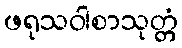
ဖရုသဝါစာသုတ္တံ